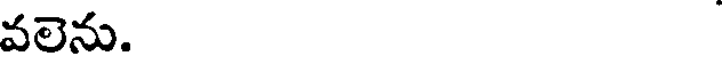
వలెను.